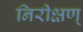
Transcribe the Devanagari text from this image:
निरीक्षण्